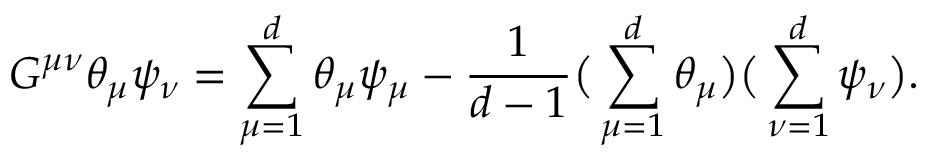
G ^ { \mu \nu } \theta _ { \mu } \psi _ { \nu } = \sum _ { \mu = 1 } ^ { d } \theta _ { \mu } \psi _ { \mu } - \frac { 1 } { d - 1 } \big ( \sum _ { \mu = 1 } ^ { d } \theta _ { \mu } \big ) \big ( \sum _ { \nu = 1 } ^ { d } \psi _ { \nu } \big ) .